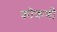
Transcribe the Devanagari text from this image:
कॊकणी